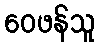
ဝေဖန်သူ